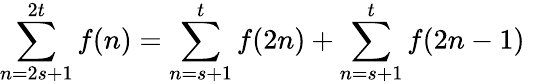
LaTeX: \sum_{n=2s+1}^{2t}f(n)=\sum_{n=s+1}^{t}f(2n)+\sum_{n=s+1}^{t}f(2n-1)\quad